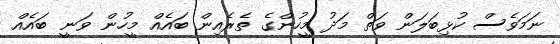
ނަމަވެސް ކުޅިބަލަން ވަތް މަދު މީހުންގެ ތެރެއިން ބައެއް މީހުން ވަނީ ބައެއް